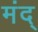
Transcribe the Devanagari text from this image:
मंद्